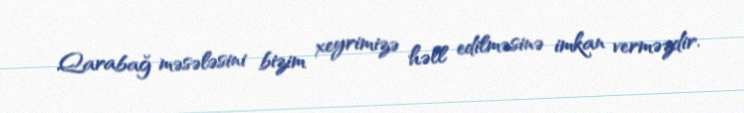
Qarabağ məsələsini bizim xeyrimizə həll edilməsinə imkan verməzdir.